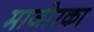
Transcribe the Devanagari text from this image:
माजोरका